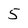
Character: 5